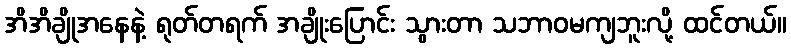
အိအိချိုအနေနဲ့ ရုတ်တရက် အချိုးပြောင်း သွားတာ သဘာဝမကျဘူးလို့ ထင်တယ်။